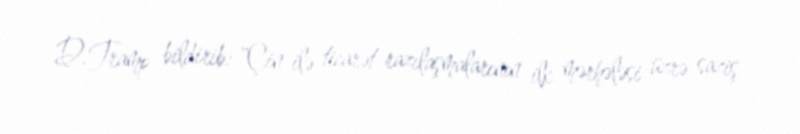
D.Tramp bildirib: "Çin ilə ticarət razılaşmalarının ilk mərhələsi üzrə saziş